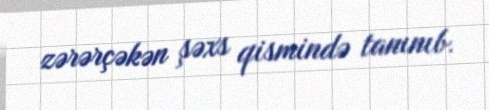
zərərçəkən şəxs qismində tanınıb.